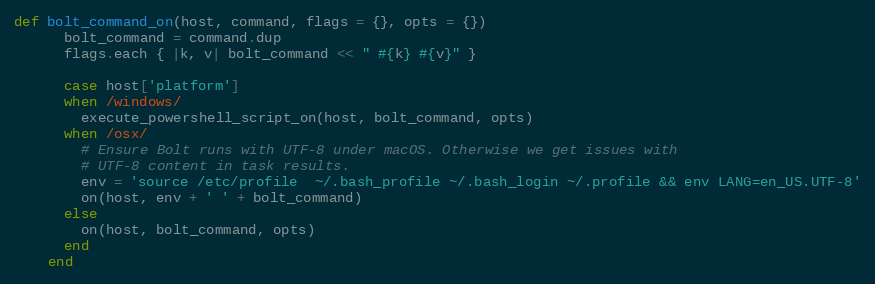
Language: Ruby
def bolt_command_on(host, command, flags = {}, opts = {})
      bolt_command = command.dup
      flags.each { |k, v| bolt_command << " #{k} #{v}" }

      case host['platform']
      when /windows/
        execute_powershell_script_on(host, bolt_command, opts)
      when /osx/
        # Ensure Bolt runs with UTF-8 under macOS. Otherwise we get issues with
        # UTF-8 content in task results.
        env = 'source /etc/profile  ~/.bash_profile ~/.bash_login ~/.profile && env LANG=en_US.UTF-8'
        on(host, env + ' ' + bolt_command)
      else
        on(host, bolt_command, opts)
      end
    end